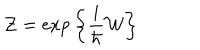
LaTeX: { \cal Z } = \exp \bigg \{ \frac { i } { \hbar } { \cal W } \bigg \}